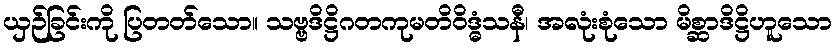
ယှဉ်ခြင်းကို ပြတတ်သော။ သဗ္ဗဒိဋ္ဌိဂတကုမတိဝိဒ္ဓံသနီ၊ အလုံးစုံသော မိစ္ဆာဒိဋ္ဌိဟူသော